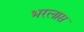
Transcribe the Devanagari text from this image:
भरलास